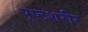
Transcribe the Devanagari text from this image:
पुष्टशरीर